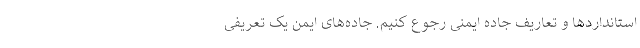
استانداردها و تعاریف جاده ایمنی رجوع کنیم. جاده‌های ایمن یک تعریفی